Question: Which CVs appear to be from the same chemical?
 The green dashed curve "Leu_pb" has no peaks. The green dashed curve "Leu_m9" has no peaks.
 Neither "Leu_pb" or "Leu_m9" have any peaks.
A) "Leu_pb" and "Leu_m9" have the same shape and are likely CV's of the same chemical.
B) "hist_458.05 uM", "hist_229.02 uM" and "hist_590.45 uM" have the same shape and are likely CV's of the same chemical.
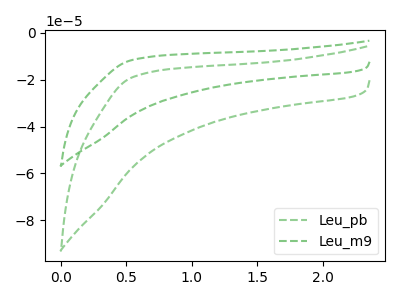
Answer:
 <answer>A) "Leu_pb" and "Leu_m9" have the same shape and are likely CV's of the same chemical.</answer>
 <eval>A</eval>